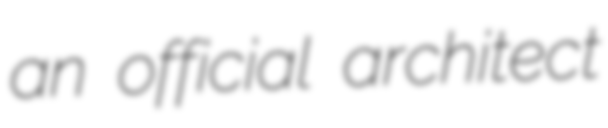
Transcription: an official architect